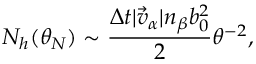
N _ { h } ( \theta _ { N } ) \sim \frac { \Delta t | \vec { v } _ { \alpha } | n _ { \beta } b _ { 0 } ^ { 2 } } { 2 } \theta ^ { - 2 } ,